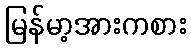
မြန်မာ့အားကစား